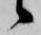
候